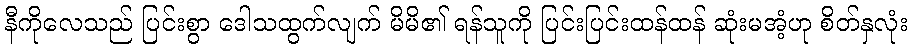
နီကိုလေသည် ပြင်းစွာ ဒေါသထွက်လျက် မိမိ၏ ရန်သူကို ပြင်းပြင်းထန်ထန် ဆုံးမအံ့ဟု စိတ်နှလုံး